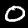
Label: 0